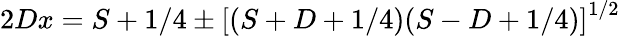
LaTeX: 2Dx=S+1/4\pm\left[(S+D+1/4)(S-D+1/4)\right]^{1/2}